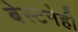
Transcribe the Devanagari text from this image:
बेस्टनेही